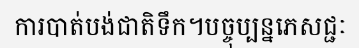
ការបាត់បង់ជាតិទឹក។បច្ចុប្បន្នភេសជ្ជៈ